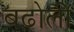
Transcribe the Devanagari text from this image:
बढ़ोली